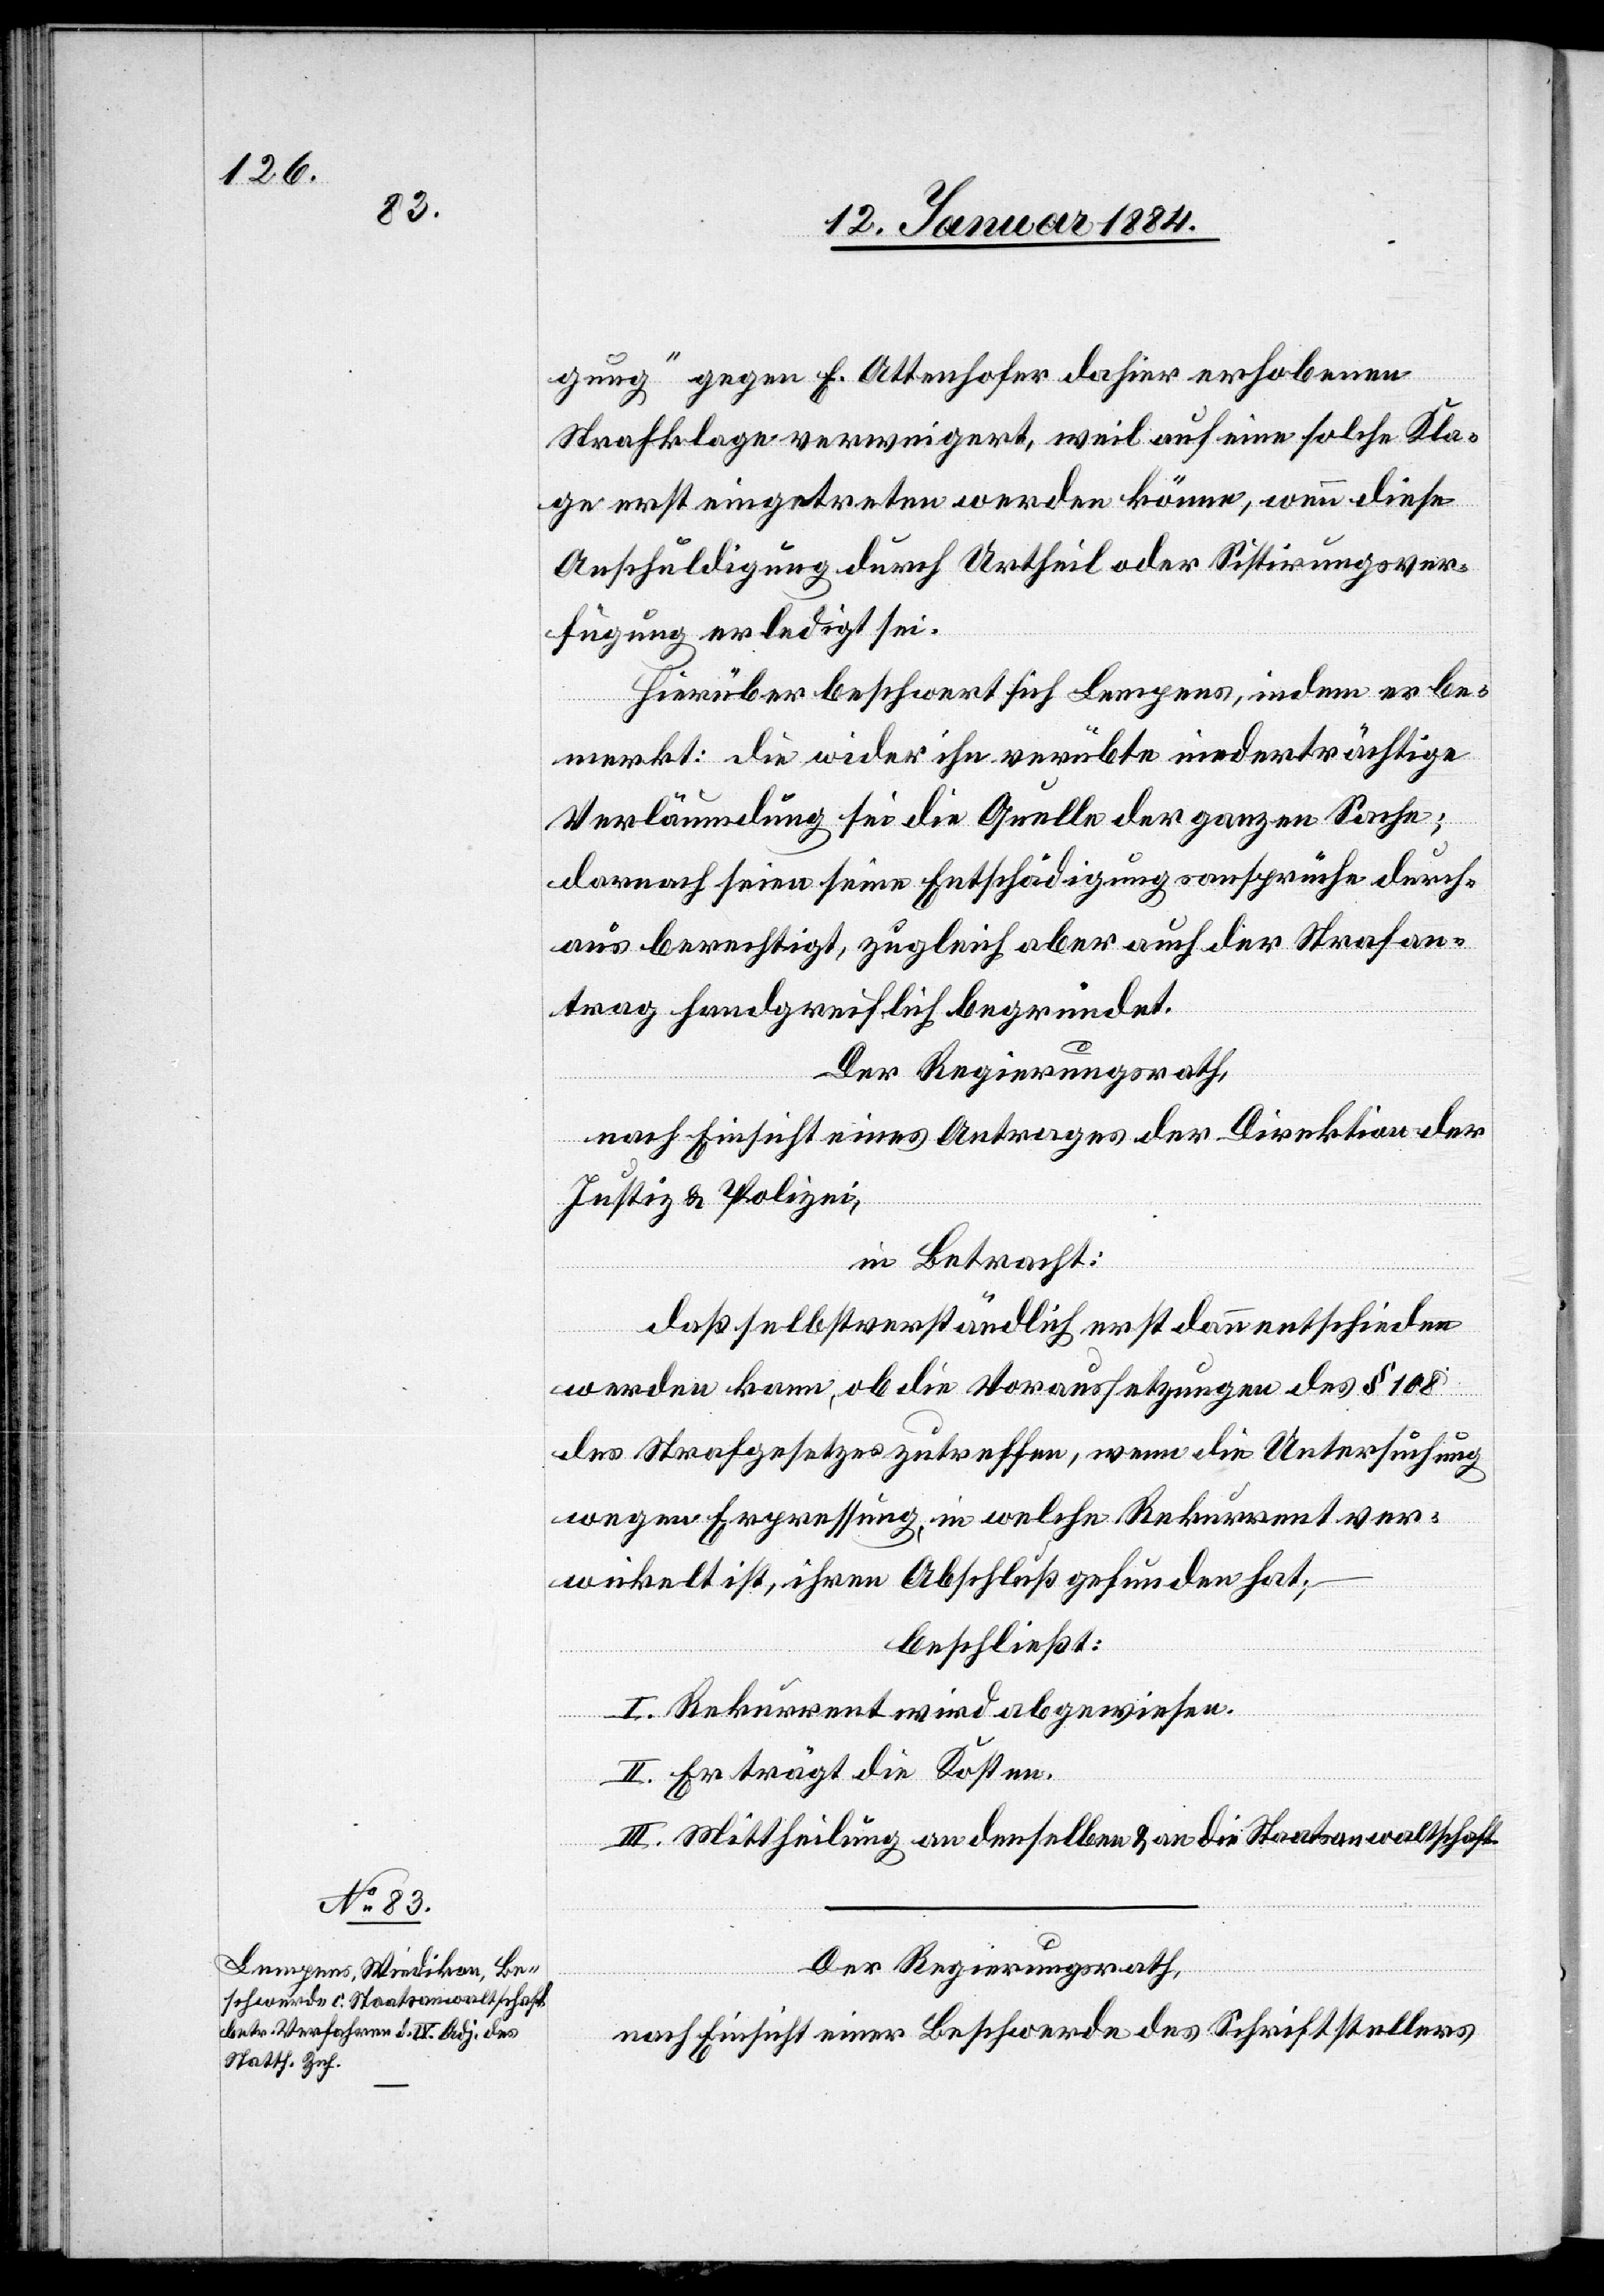
gung“ gegen E. Ottenhofer dahier erhobenen
Strafklage verweigert, weil auf eine solche Kla¬
ge erst eingetreten werden könne, wenn diese
Anschuldigung durch Urtheil oder Sistierungsver¬
fügung erledigt sei.
Hierüber beschwert sich Lempens, indem er be¬
merkt: Die wider ihn verübte niederträchtige
Verläumdung sei die Quelle der ganzen Sache;
darnach seien seine Entschädigungsansprüche durch¬
aus berechtigt, zugleich aber auch der Strafan¬
trag handgreiflich begründet.
Der Regierungsrath,
nach Einsicht eines Antrages der Direktion der
Justiz & Polizei,
in Betracht:
Daß selbstverständlich erst dann entschieden
werden kann, ob die Voraussetzungen des § 108
des Strafgesetzes zutreffen, wenn die Untersuchung
wegen Erpressung in welche Rekurrent ver¬
wickelt ist, ihren Abschluß gefunden hat;
beschließt:
I. Rekurrent wird abgewiesen.
II. Er trägt die Kosten.
III. Mittheilung an denselben & an die Staatsanwaltschaft.
Der Regierungsrath,
nach Einsicht einer Beschwerde des Schriftstellers